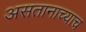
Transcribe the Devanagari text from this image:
असतानाच्याच